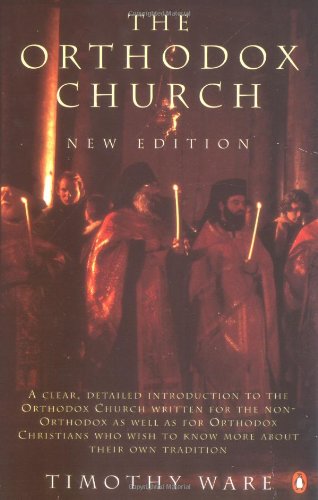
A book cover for The Orthodox Church: New Edition; Timothy Ware; History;